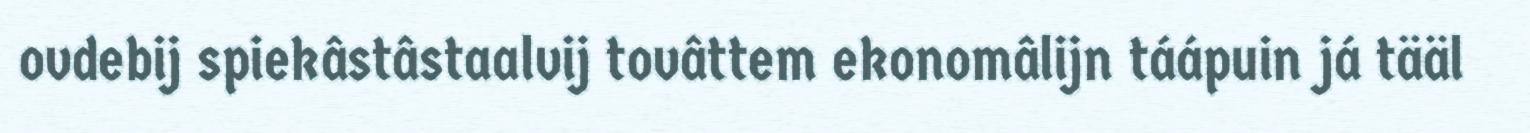
ovdebij spiekâstâstaalvij tovâttem ekonomâlijn táápuin já tääl